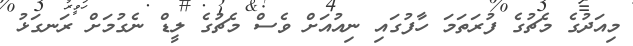
މިއަދުގެ މެޗުގެ ފުރަތަމަ ހާފުގައި ނިއުއަށް ވެސް މެޗުގެ ލީޑް ނެގުމަށް ރަނގަޅު